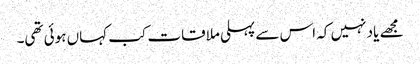
مجھے یاد نہیں کہ اس سے پہلی ملاقات کب کہاں ہوئی تھی۔